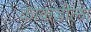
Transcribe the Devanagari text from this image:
काकडीला